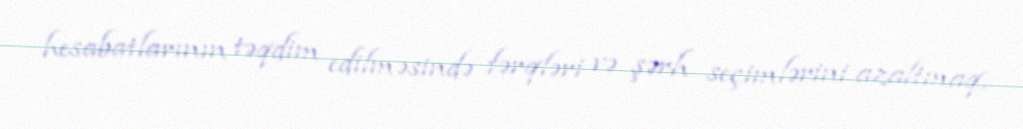
hesabatlarının təqdim edilməsində fərqləri və şərh seçimlərini azaltmaq,